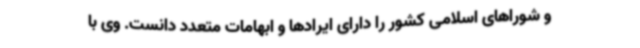
و شوراهای اسلامی کشور را دارای ایرادها و ابهامات متعدد دانست. وی با